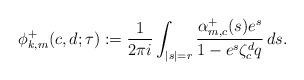
LaTeX: \begin{align*}\phi_{k,m}^+(c,d;\tau) := \frac{1}{2\pi i} \int_{|s|=r} \frac{\alpha^+_{m,c}(s)e^s}{1-e^s\zeta_c^d q} \, ds.\end{align*}